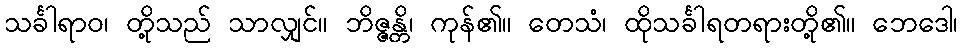
သင်္ခါရာဝ၊ တို့သည် သာလျှင်။ ဘိဇ္ဇန္တိ၊ ကုန်၏။ တေသံ၊ ထိုသင်္ခါရတရားတို့၏။ ဘေဒေါ၊